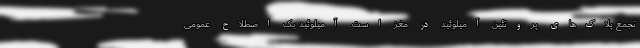
تجمع پلاک‌های پروتئین آمیلوئید در مغز است. آمیلوئید یک اصطلاح عمومی